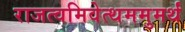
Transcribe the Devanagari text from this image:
राजत्वमिवेत्थममुमर्थं